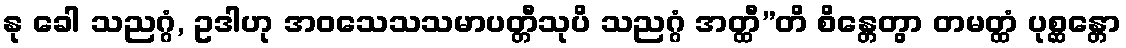
နု ခေါ သညဂ္ဂံ, ဥဒါဟု အဝသေသသမာပတ္တီသုပိ သညဂ္ဂံ အတ္ထီ”တိ စိန္တေတွာ တမတ္ထံ ပုစ္ဆန္တော